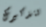
لتذكيرك